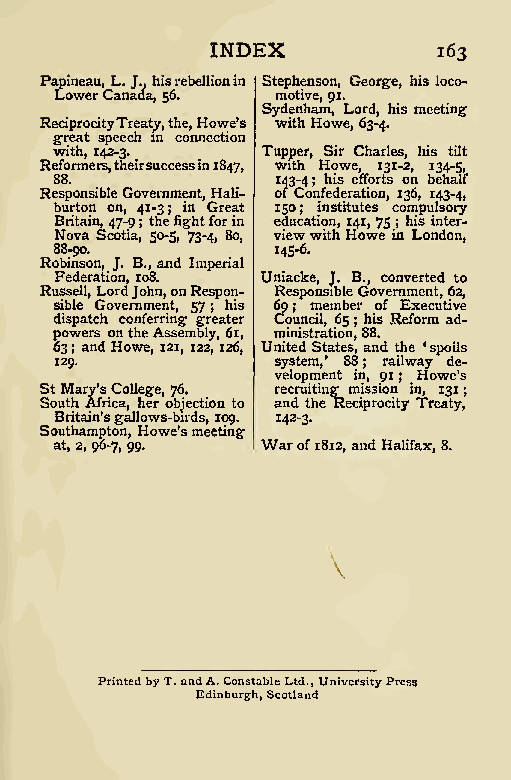
;
 INDEX
 163
 Papineau, L.J.,hisrebellionin Stephenson, George, his loco-
 LowerCanada, 56. motive,91.
 Sydenham, Lord, his meeting
 ReciprocityTreaty,the,Howe’s withHowe,63-4.
 great speech in connection
 with, 142-3. Tupper, Sir Charles, his tilt
 Reformers,theirsuccessin1847, with Howe, 131-2, 134-5,
 88 .          143-4; his efforts on behalf
 ResponsibleGovernment,Hali- of Confederation, 136, 143-4,
 b B Nru oir vtt a ao in n, Sco 4 on 7 t, - i9 a,4 ;1 t 5- 0h3 -e 5; ,fii g 7n h 3t -4G f ,r ore 8a 0i ,t n ve1 d i5 u0 ec w; at wii ion tns h,ti H1t 4u o1t , wes e75 ic ; no hm i Lp s ou nl i dns oto e nr r ,y -
 88-90.        145-fi.
 Robinson, J. B., and Imperial
 RusF se ed le lr ,at Li oo rn d, J1 o0 h8 n.
 ,onRespon-
 Un Ri ea sc pk oe n, siJb.leB. G, ovc eo rn nv me er nt te ,d 6t 2,o
 ps di i ob s wl p ee a rt scG ho ov ne cr o tnn hfm eee Arn r st i s, n eg mb5 g l7 r ye; ,ath 6ei 1r ,s 6 C mio9 nu; in sc tim rl ae , tm i6b o5 ne ,r ; 8h 8i .o sf ReE fx oec ru mti av de -
 St6 13 2 M9 a; . ra yn ’d sH Coo lw le eg, e,12 71 6, .122, 126, Un s
 v
 ri ey et cs le rt od ue
 p
 imS
 m
 t,t
 e
 i’a nnt gte 8s m, 8
 i in
 s;a
 ,
 sn id 9r o1a nt i ;h le iw nHa ,‘ oys wp 1o
 e
 3di
 ’
 1el ss -
 South Africa, her objection to and the Reciprocity Treaty,
 Britain’sgallows-birds, 109. 142-3.
 Southampton, Howe’smeeting
 at,2,96-7, 99. Warof1812, and Halifax,8.
 PrintedbyT.andA.ConstableLtd.,UniversityPress
 Edinburgh,Scotland